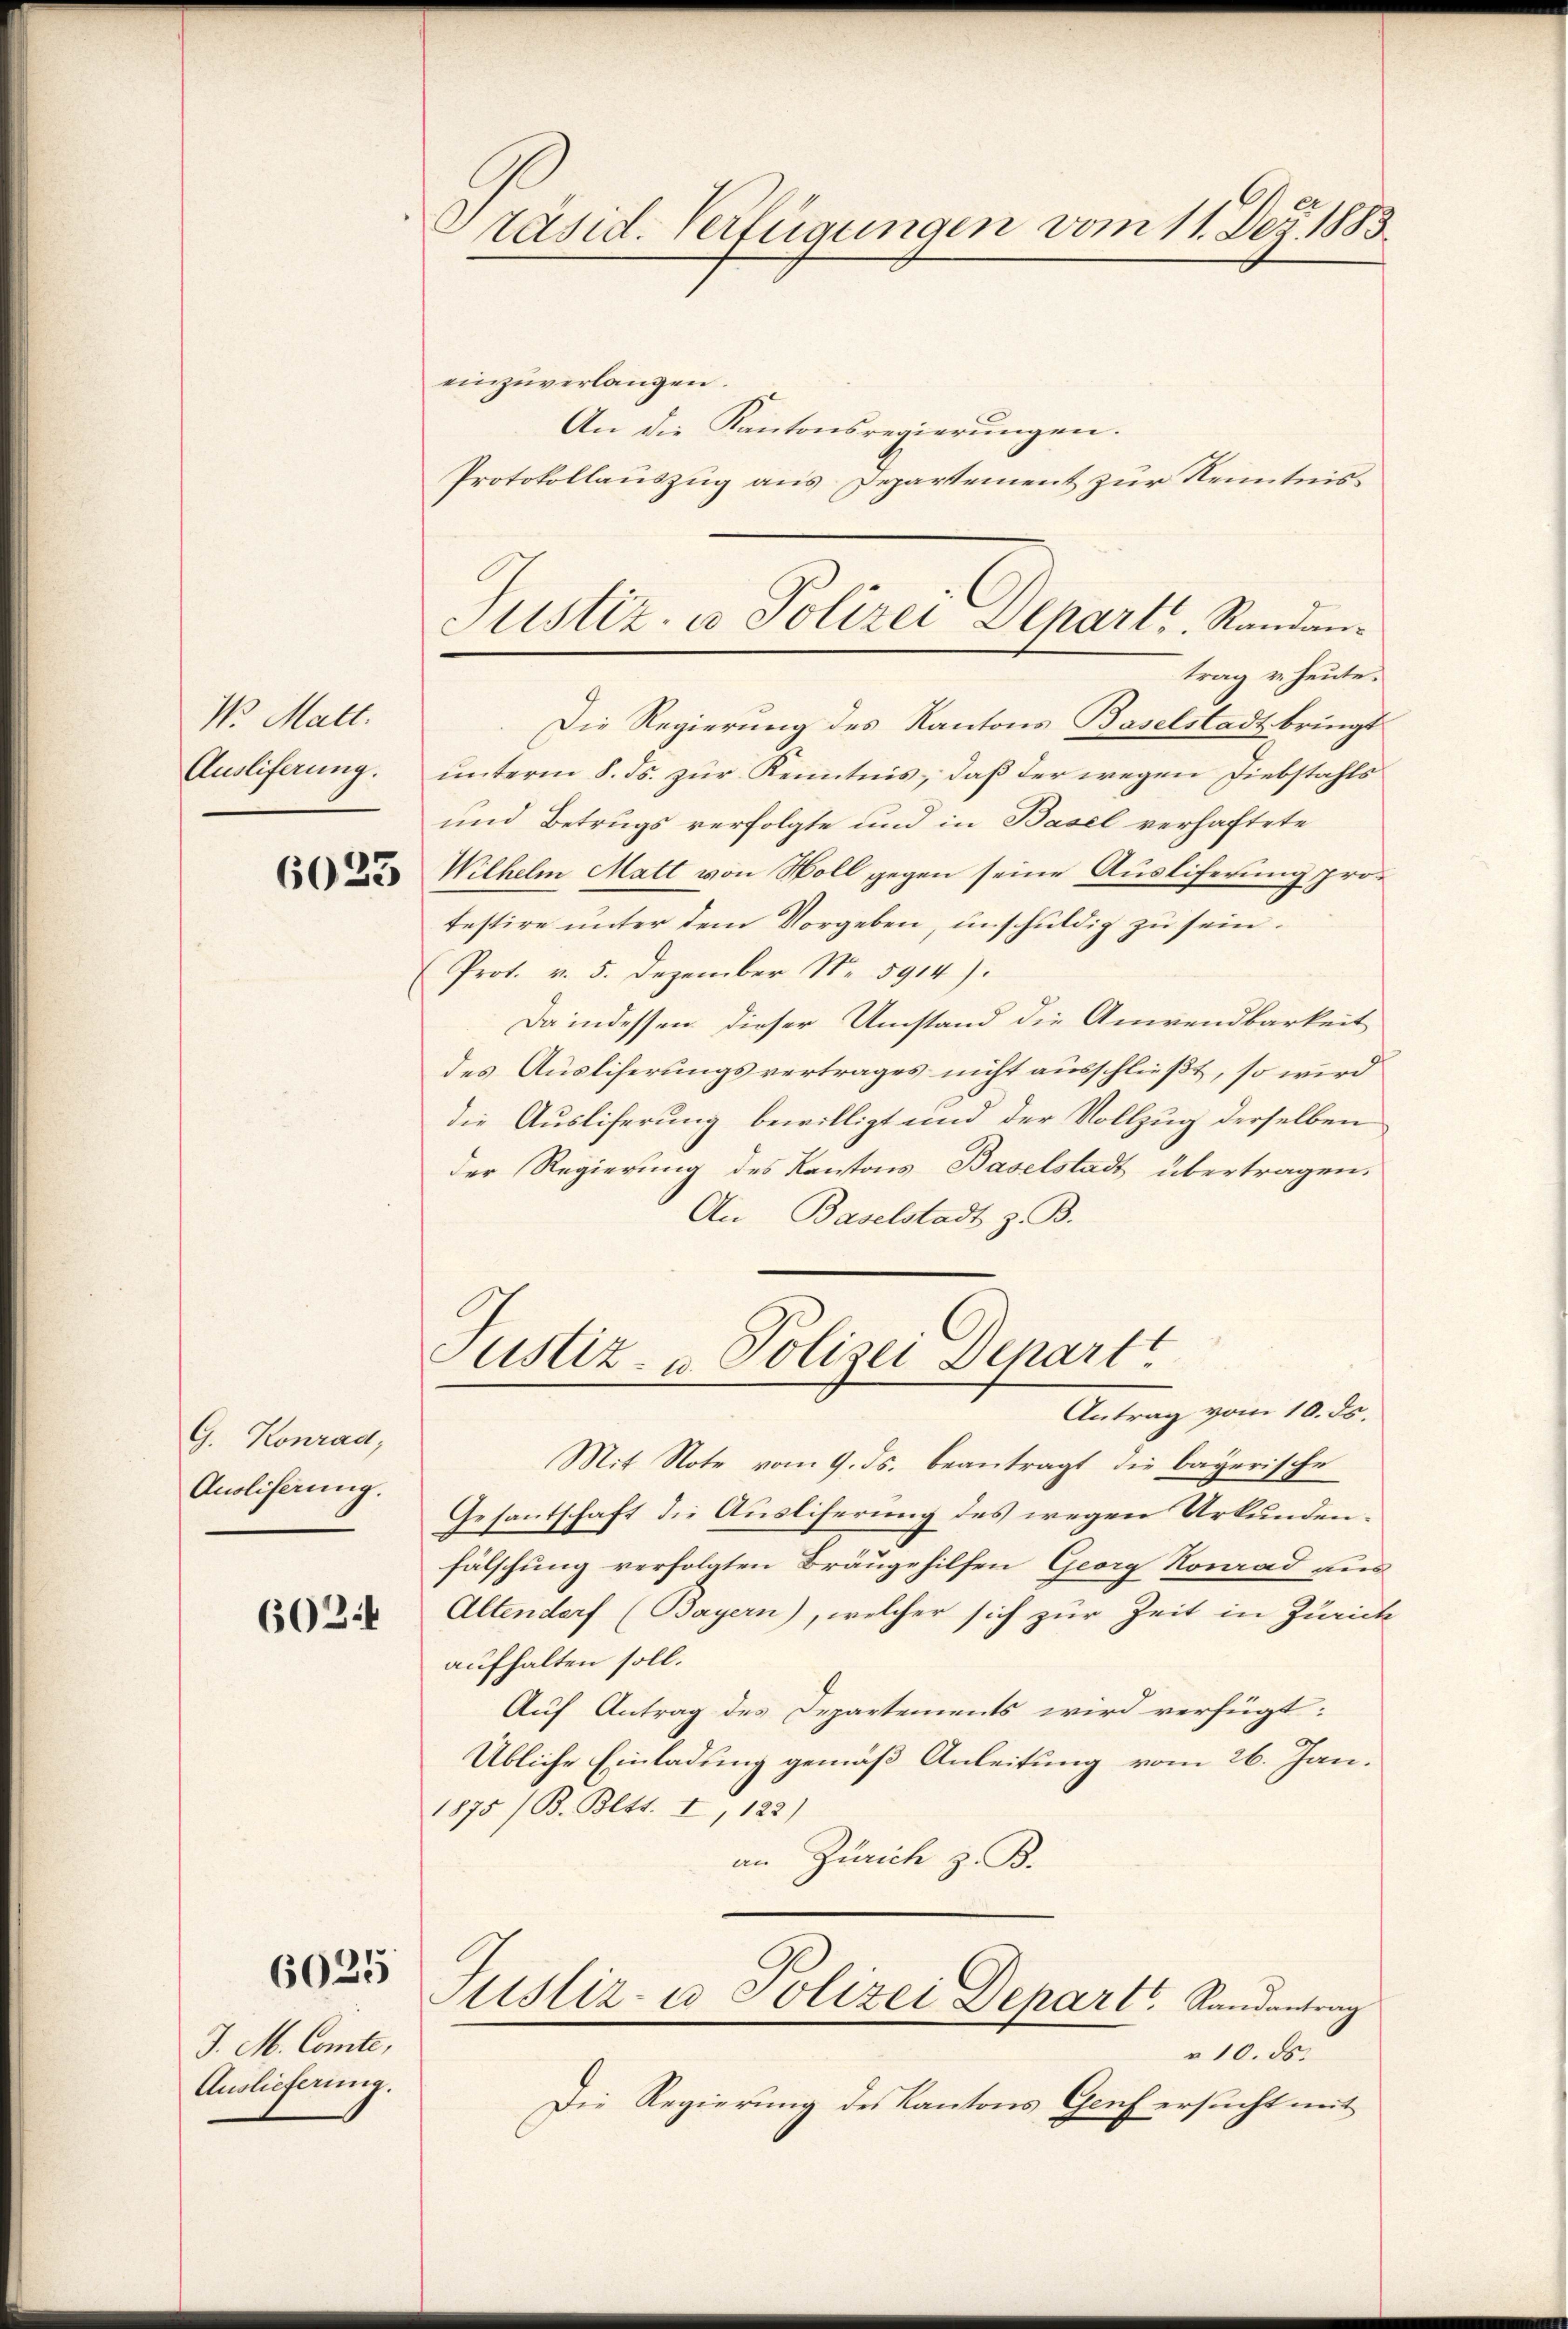
Vo. Matt.
Ausliferung.

6023

G. Konrad,
Anoliferung.

602:4

6025

J. M. Comte,
Auslieferung.

Präsid. Verfügungen vom 11. Dez. 1883.

einzuverlangen.
An die Kantonsregierungen.
Protokollauszug aus Departement zur Kenntnis
trag u. heute.
Die Regierung des Kantons Baselstadt bringt
ŭnterm 8. ds. zŭr Kenntnis, daß der wegen Diebstahls
und Betrugs verfolgte und in Basel verhaftete
Wilhelm Matt von Moll gegen seine Ausliferung protestire unter dem Vorgeben, unschuldig zu sein.
Prot. v. 5. Dezember Nr. 5914).
Da indessen dieser Umstand die Anwendbarkeit
des Ausliserungsvertrages nicht ausschließt, so wird
die Ausliferung bewilligt und der Vollzug derselben
der Regierung des Kantons Baselstadt übertragen.
An Baselstadt z. B.
Justiz- u Polizei Depart
Antrag vom 10. ds.
Mit Note vom 9. ds. beantragt die bayerische
Gesantschaft die Auslieferung des wegen Urkundenfälschung verfolgten Bräugehilfen Georg Konrad aus
Altendorf (Bayern), welcher sich zur Zeit in Zürich
aufhalten soll.
Auf Antrag des Departements wird verfügt:
Übliche Einladung gemäß Anleitung vom 26. Jan.
1875 /B. Bett. I, 122)
an Zürich z. B.
tistiz- u Polizei Departt. Randantrag
" 10. ds.
Die Regierung des Kantons Genf ersucht mit

Justiz- u Polizei Depart. Randan¬